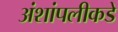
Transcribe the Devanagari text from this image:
अंशांपलीकडे